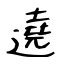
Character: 遶